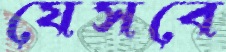
যেসবে